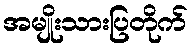
အမျိုးသားပြတိုက်